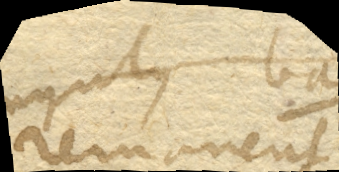
remanent